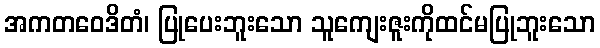
အကတဝေဒိတံ၊ ပြုပေးဘူးသော သူကျေးဇူးကိုထင်မပြုဘူးသော